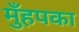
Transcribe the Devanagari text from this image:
मुँहपका